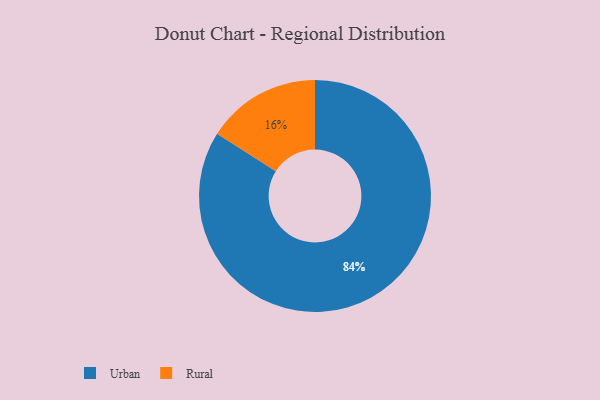
{"axis": {"x": "Category", "y": "Percentage"}, "legend": ["Rural", "Urban"], "data": [{"x": "Rural", "y": 16, "type": "Rural"}, {"x": "Urban", "y": 84, "type": "Urban"}]}